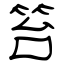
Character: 笞